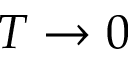
T \to 0